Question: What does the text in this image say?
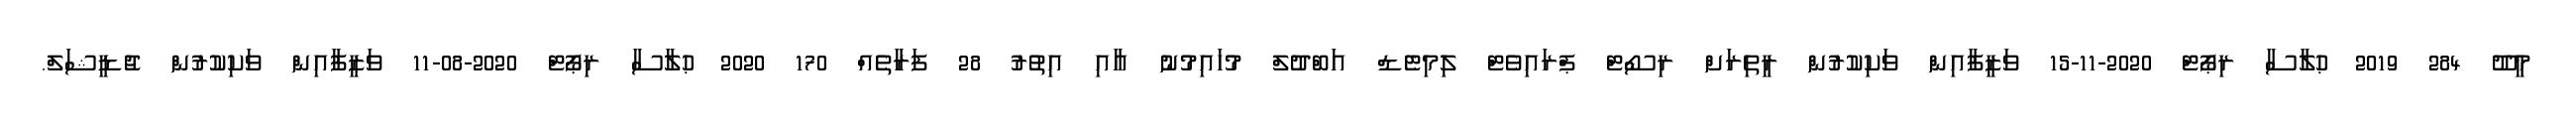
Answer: މީދޫ 284 2019 ޙުލާސާ ރިޕޯޓް 2020-11-15 ވަޒީފާއިން ވަކިކުރުން ރީތިރަށް ރިސޯޓް ޕްރައިވެޓް ލިމިޓެޑް އަބްދުލް މުހައިމުނު އާއި އިތުރު 28 ފަރާތެއް 170 2020 ޙުލާސާ ރިޕޯޓް 2020-08-11 ވަޒީފާއިން ވަކިކުރުން ޖުޑީޝަލް.